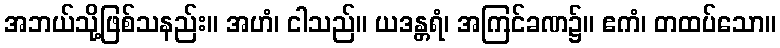
အဘယ်သို့ဖြစ်သနည်း။ အဟံ၊ ငါသည်။ ယဒန္တရံ၊ အကြင်ခဏ၌။ ဧကံ၊ တထပ်သော။